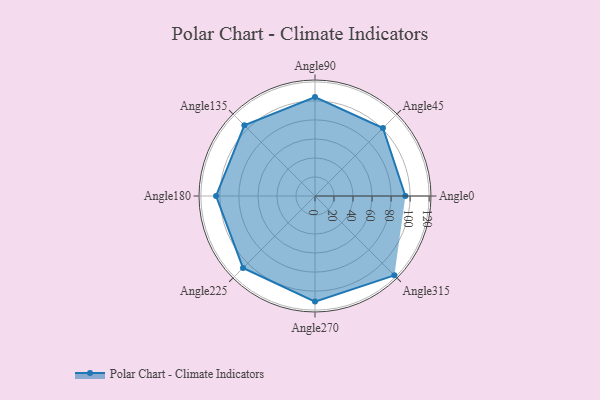
{"axis": {"x": "Angle", "y": "Radius"}, "legend": [""], "data": [{"x": "Angle0", "y": 95.0, "type": ""}, {"x": "Angle45", "y": 101.0, "type": ""}, {"x": "Angle90", "y": 104.0, "type": ""}, {"x": "Angle135", "y": 105.0, "type": ""}, {"x": "Angle180", "y": 104.0, "type": ""}, {"x": "Angle225", "y": 107.0, "type": ""}, {"x": "Angle270", "y": 111.0, "type": ""}, {"x": "Angle315", "y": 118.0, "type": ""}]}